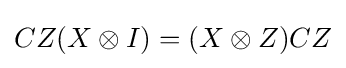
CZ(X\otimes I)=(X\otimes Z)CZ